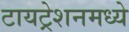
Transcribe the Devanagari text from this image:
टायट्रेशनमध्ये